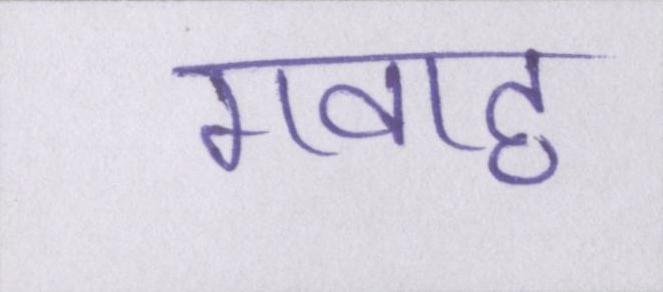
गवाह